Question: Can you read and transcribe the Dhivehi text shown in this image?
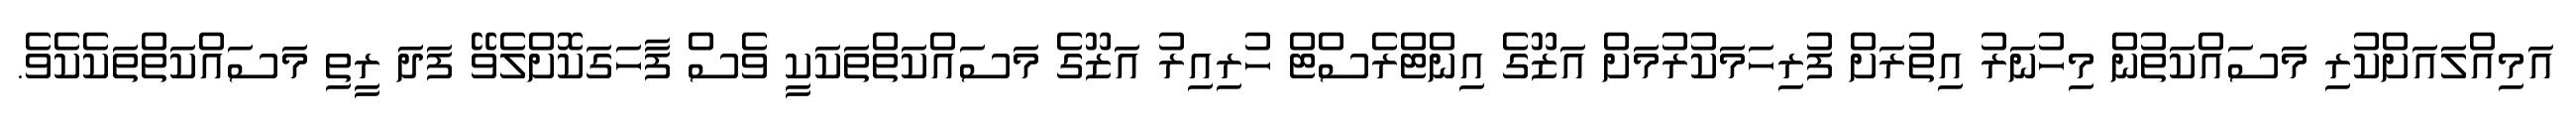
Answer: އަމިއްލައަށްކުރި މަސައްކަތުން މިހުނަރު އިތުރަށް ފުރިހަމަކުރުމަށް އަޒޫގެ އިންޓްރެސްޓް ހުރިއިރު އަޒޫގެ މަސައްކަތްތަކަކީ ވެސް ފާހަގަކޮށްލެވޭ ފަދަ ރީތި މަސައްކަތްތަކެކެވެ.